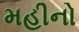
મહીનો